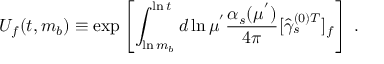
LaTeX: U _ { f } ( t , m _ { b } ) \equiv \exp \left[ \int _ { \ln m _ { b } } ^ { \ln t } d \ln \mu ^ { ' } { \frac { \alpha _ { s } ( \mu ^ { ' } ) } { 4 \pi } } [ { \hat { \gamma } _ { s } ^ { ( 0 ) T } } ] _ { f } \right] \; .